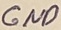
Text: GND